Report of the Municipal Commissioner on the plague in Bombay for the year ending 31st May... - Volume 1
Disease focus: Plague
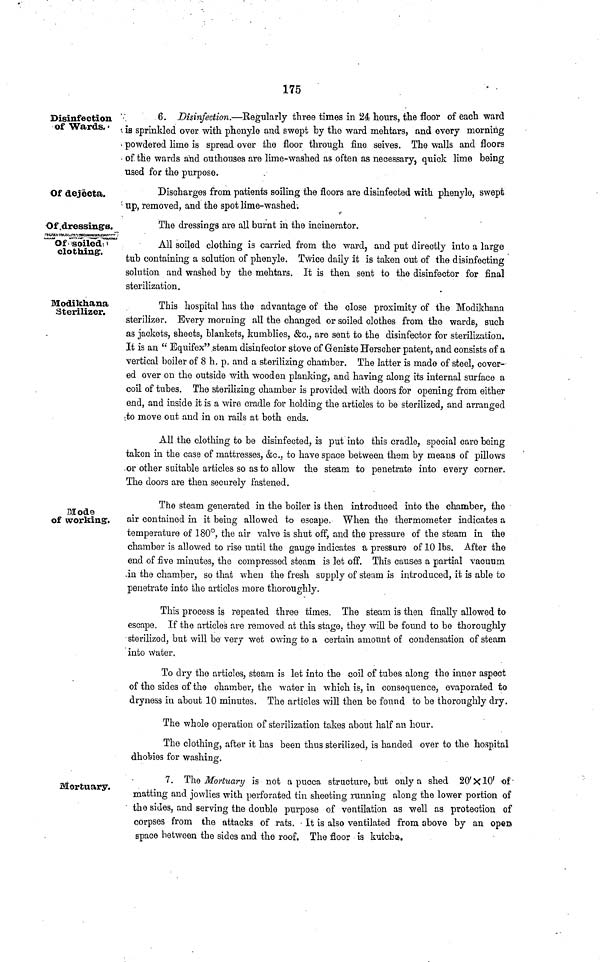
175
Disinfection
of Wards.
6. Disinfection.—Regularly three times in 24 hours, the floor of each ward
is sprinkled over with phenyle and swept by the ward mehtars, and every morning
powdered lime is spread over the floor through fine seives. The walls and floors
of the wards and outhouses are lime-washed as often as necessary, quick lime being
used for the purpose.
Of dejecta.
Discharges from patients soiling the floors are disinfected with phenyle, swept
up, removed, and the spot lime-washed.
Of dressings.
The dressings are all burnt in the incinerator.
Of soiled
clothing.
All soiled clothing is carried from the ward, and put directly into a large
tub containing a solution of phenyle. Twice daily it is taken out of the disinfecting
solution and washed by the mehtars. It is then sent to the disinfector for final
sterilization.
Modikhana
Sterilizer.
This hospital has the advantage of the close proximity of the Modikhana
sterilizer. Every moruiug all the changed or soiled clothes from the wards, such
as jackets, sheets, blankets, kumblies, &c., are sent to the disinfector for sterilization.
It is an "Equifex" steam disinfector stove of Geniste Herscher patent, and consists of a
vertical boiler of 8 h. p. and a sterilizing chamber. The latter is made of steel, cover-
ed over on the outside with wooden planking, and having along its internal surface a
coil of tubes. The sterilising chamber is provided with doors for opening from either
end, and inside it is a wire cradle for holding the articles to be sterilized, and arranged
to move out and in on rails at both ends.
All the clothing to be disinfected, is put into this cradle, special care being
taken in the case of mattresses, &c., to have space between them by means of pillows
or other suitable articles so as to allow the steam to penetrate into every corner.
The doors are then securely fastened.
Mode
of working.
The steam generated in the boiler is then introduced into the chamber, the
air contained in it being allowed to escape. When the thermometer indicates a
temperature of 180°, the air valve is shut off, and the pressure of the steam in the
chamber is allowed to rise until the gauge indicates a pressure of 10 lbs. After the
end of five minutes, the compressed steam is let off. This causes a partial vacuum
.in the chamber, so that when the fresh supply of steam is introduced, it is able to
penetrate into the articles more thoroughly.
This process is repeated three times. The steam is then finally allowed to
escape. If the articles are removed at this stage, they will be found to be thoroughly
sterilized, but will be very wet owing to a certain amount of condensation of steam
into water.
To dry the articles, steam is let into the coil of tubes along the inner aspect
of the sides of the chamber, the water in which is, in consequence, evaporated to
dryness in about 10 minutes. The articles will then be found to be thoroughly dry.
The whole operation of sterilization takes about half an hour.
The clothing, after it has been thus sterilized, is handed over to the hospital
dhobies for washing.
Mortuary.
7. The Mortuary is not a pucca structure, but only a shed 20' X 10' of
matting and jowlies with perforated tin sheeting running along the lower portion of
the sides, and serving the double purpose of ventilation as well as protection of
corpses from the attacks of rats. It is also ventilated from above by an open
space between the sides and the roof. The floor is kutcha.